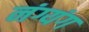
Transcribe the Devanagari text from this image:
नंग्यंग